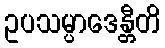
ဥပသမ္ပာဒေန္တီတိ